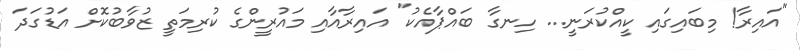
"އައިރާ! މިބައިގައި ކީއްކުރަނީ... ހިނގާ ބައްޕާއެކު" އައިރާއާއި މައުރީންގެ ކުރިމަތީ ޒުވާބުކޮށް އަޑުގަދަ